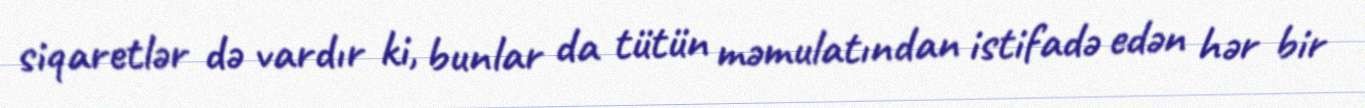
siqaretlər də vardır ki, bunlar da tütün məmulatından istifadə edən hər bir